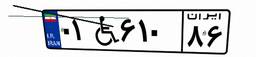
۰۱W۶۱۰۸۶